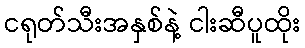
ငရုတ်သီးအနှစ်နဲ့ ငါးဆီပူထိုး